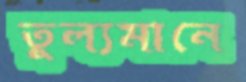
তুল্যমানে